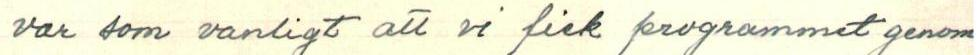
var som vanligt att vi fick programmet genom